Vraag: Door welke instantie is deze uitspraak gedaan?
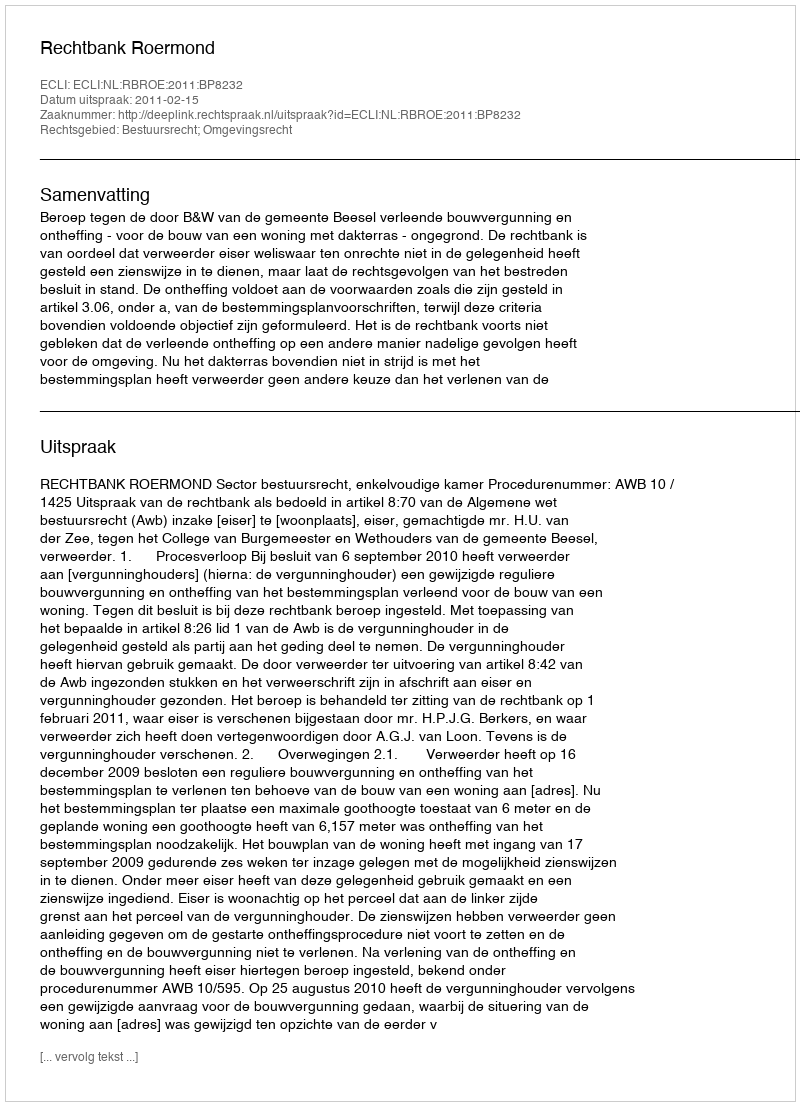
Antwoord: Rechtbank Roermond